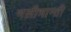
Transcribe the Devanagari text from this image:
भलीभान्ती